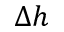
\Delta h